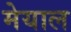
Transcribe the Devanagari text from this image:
मेयाल